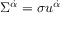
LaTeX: \Sigma ^ { \dot { \alpha } } = \sigma u ^ { \dot { \alpha } }